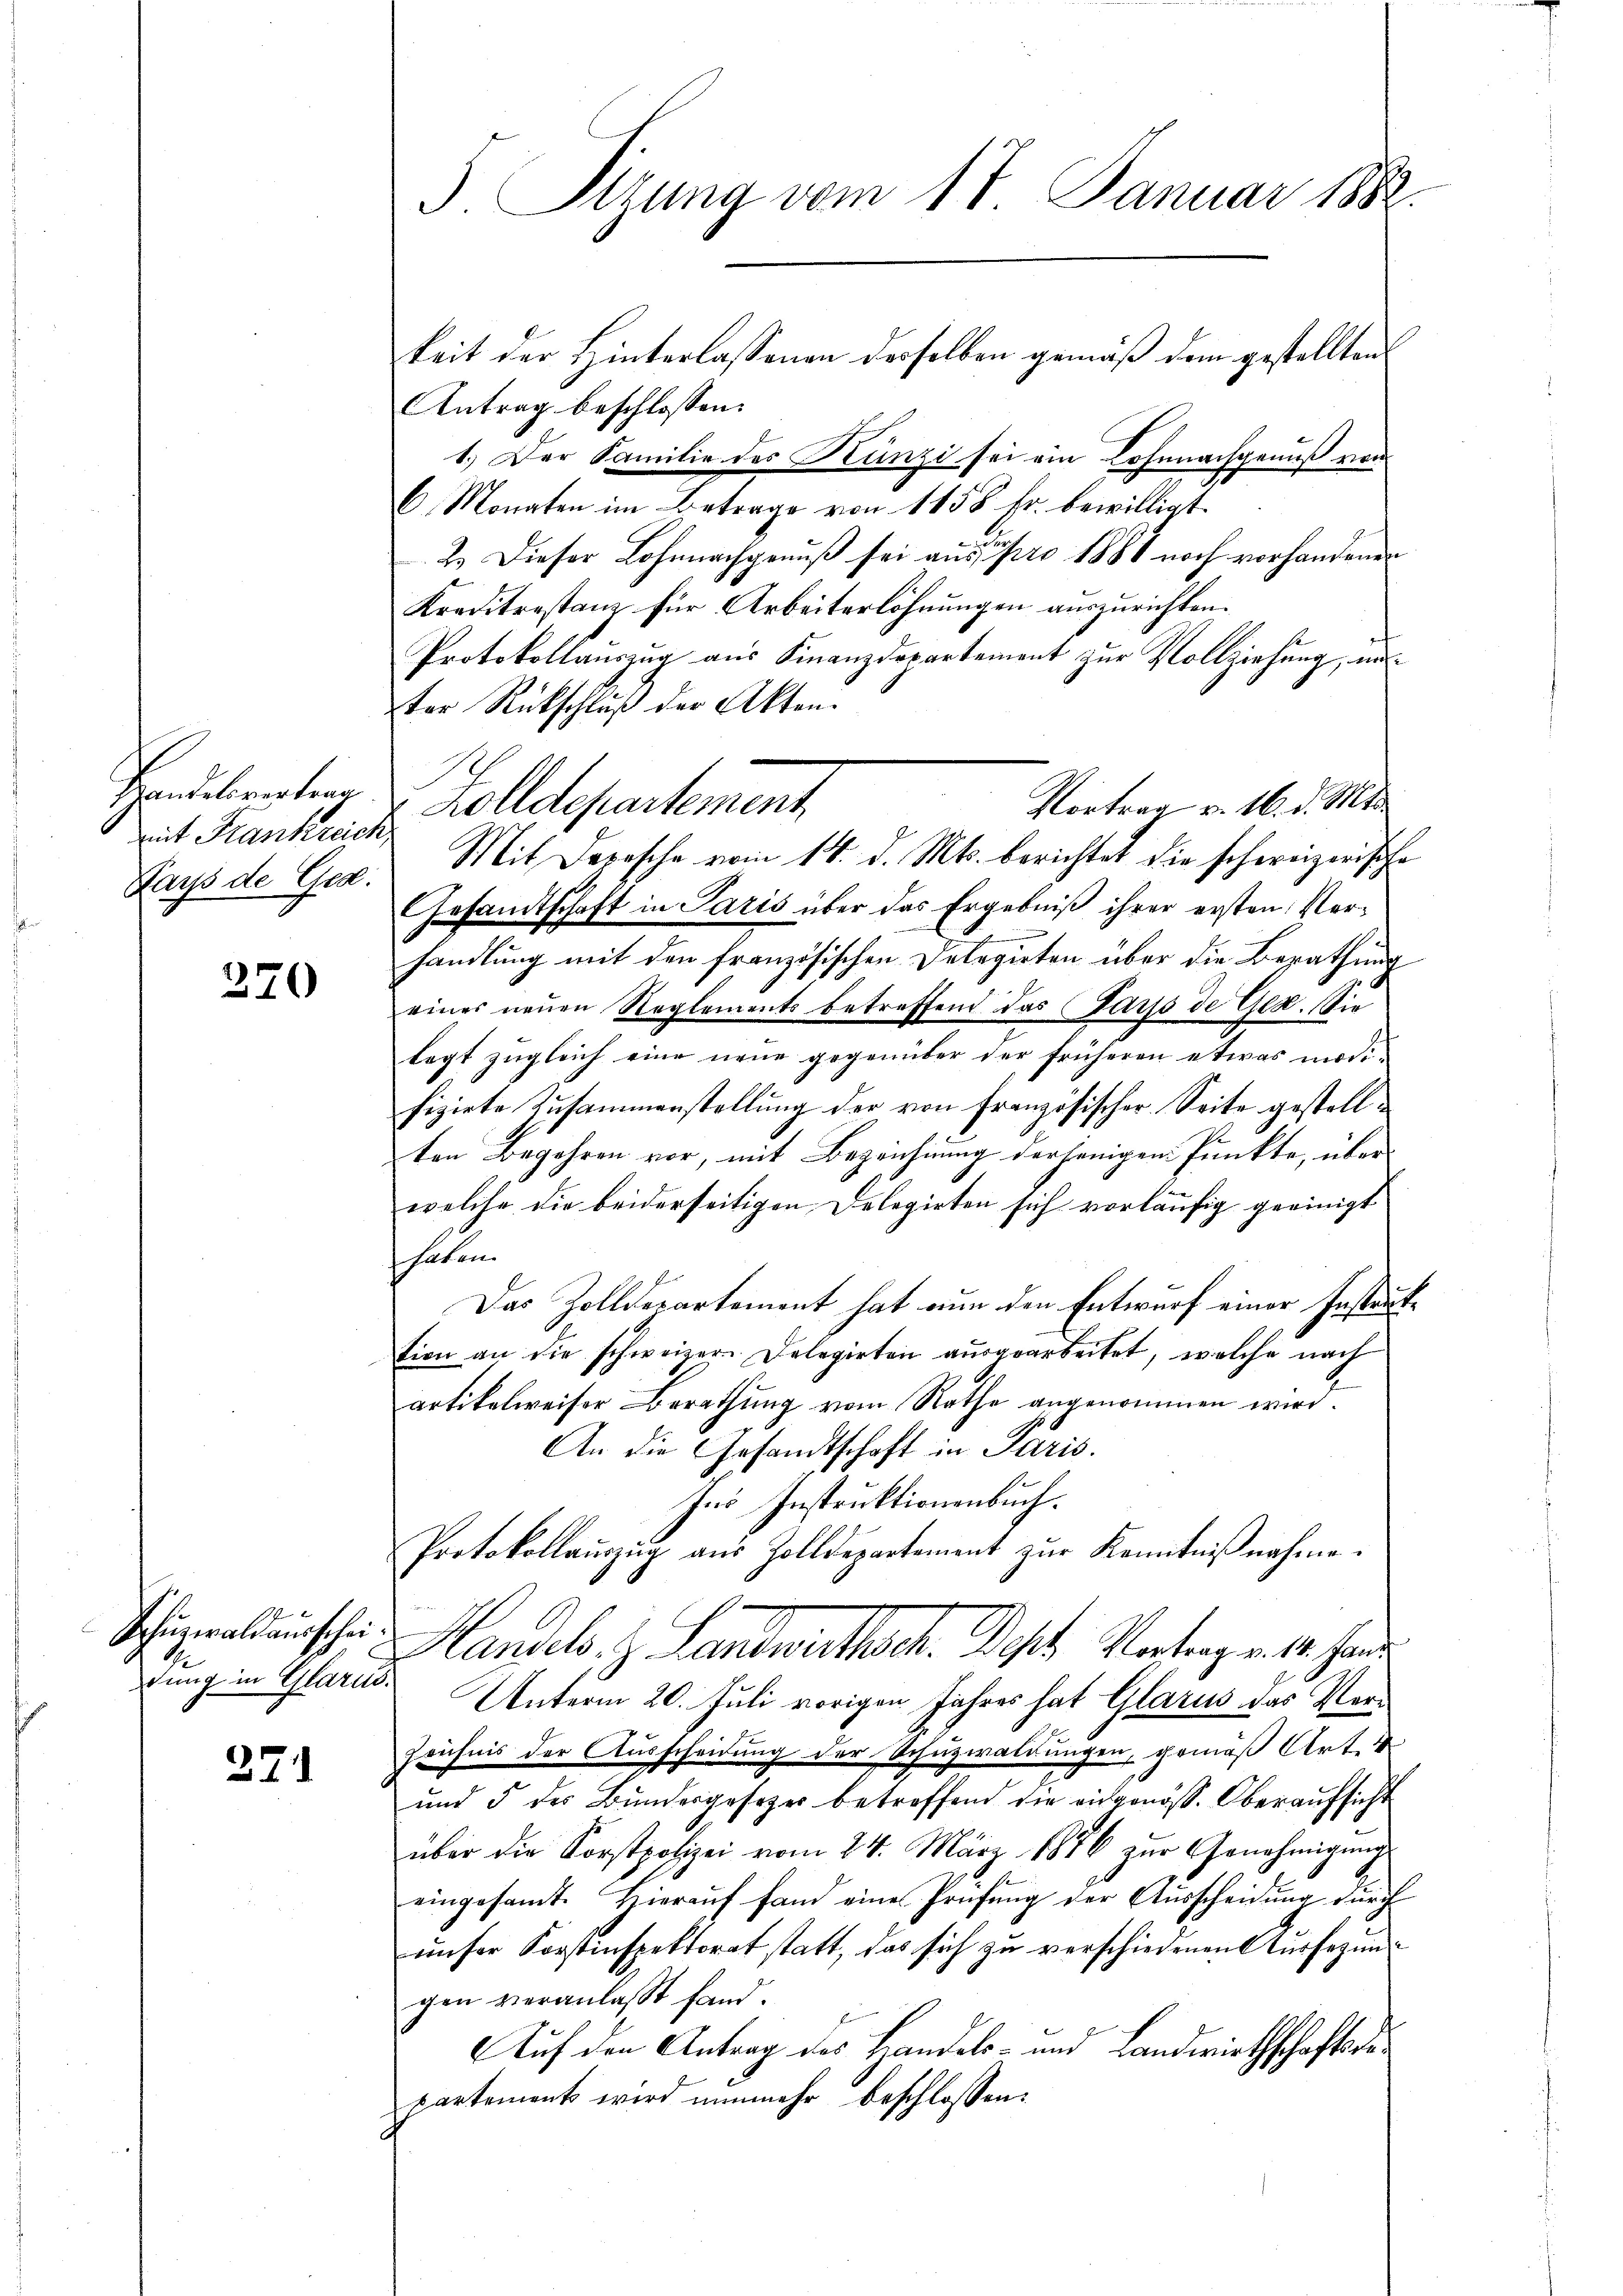
Handelsvertrag.
mit Krankreich

270

Schüzialdausscheidung in Glarus.

371

keit der Hinterlassenen derselben gemäß dem gestellten
Antrag beschlossen:
1.) Der Familie des Kanzi sei ein Lohnnachgenuß von
6. Monaten im Betrage von 1158 Fr. bewilligt.
2.) Dieser Lohnnachgenuß sei aus pro 1888 noch vorhandenen
Kreditrestanz für Arbeiterlöhnungen auszurichten.
Protokollauszug aus Finanzdepartement zur Vollziehung, un
ter Rückschluß der Akten.
Zolldepartement
Vortrag v. 16. d. Mts.
Gesandtschaft in Paris über das Ergebniß ihrer ersten Verhandlung mit den französischen Delegierten über die Berathung
eines neuen Reglements betreffend das Farps de Ges. Sie
lagt zŭgleich eine neue gegenüber der früheren etwas modi-
fizirte Zusammenstellung der von Französischer Seite gestellten Begehren vor, mit Bezeichnung derjenigen Punkte, über
welche die beiderseitigen Delegirten sich vorläufig geeinigt
haten.
Das Zolldepartement hat nun den Entwurf einer Instauttion an die schweizer. Delegirten ausgearbeitet, welche nach
artikelweiser Berathung vom Rathe angenommen wird.
An die Gesandtschaft in Paris.
In Instruktionenbuch.
Protokollaŭszŭg aŭs Zolldepartement zŭr Kenntniβnahme.
Handel, z. Landwirthsch. Das Vertraget ha
Unterm 20. Juli vorigen Jahres hat Glarus das Vor¬
Zeichnis der Ausscheidung der Schuzwaldungen, gemäß Art.
und 5 des Bundesgesetzer betreffend die eidgenöss. Oberaufsicht
über die Forstpolizei vom 24. März 1876 zur Genehmigung
eingesamt. Hieraŭf fam eine Prüfung der Ausscheidung durch
unser Forstinspektorat statt, das sich zu verschiedenen Ausserungen veranlaßt fand.
Auf den Antrag des Handels- und Landwirthschaftsgepartement wird nunmehr beschlossen:

5 Sizung vom 17. Januar 1882.

Lays de Ger. Mit Depesche vom 14. d. Mts. berichtet die schweizerische